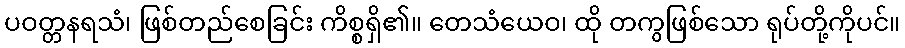
ပဝတ္တနရသံ၊ ဖြစ်တည်စေခြင်း ကိစ္စရှိ၏။ တေသံယေဝ၊ ထို တကွဖြစ်သော ရုပ်တို့ကိုပင်။